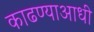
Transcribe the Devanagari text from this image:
काढण्याआधी